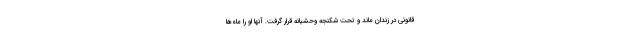
قانونی در زندان ماند و تحت شکنجه وحشیانه قرار گرفت. آنها او را ماه‌ها